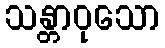
သန္တာဝုသော